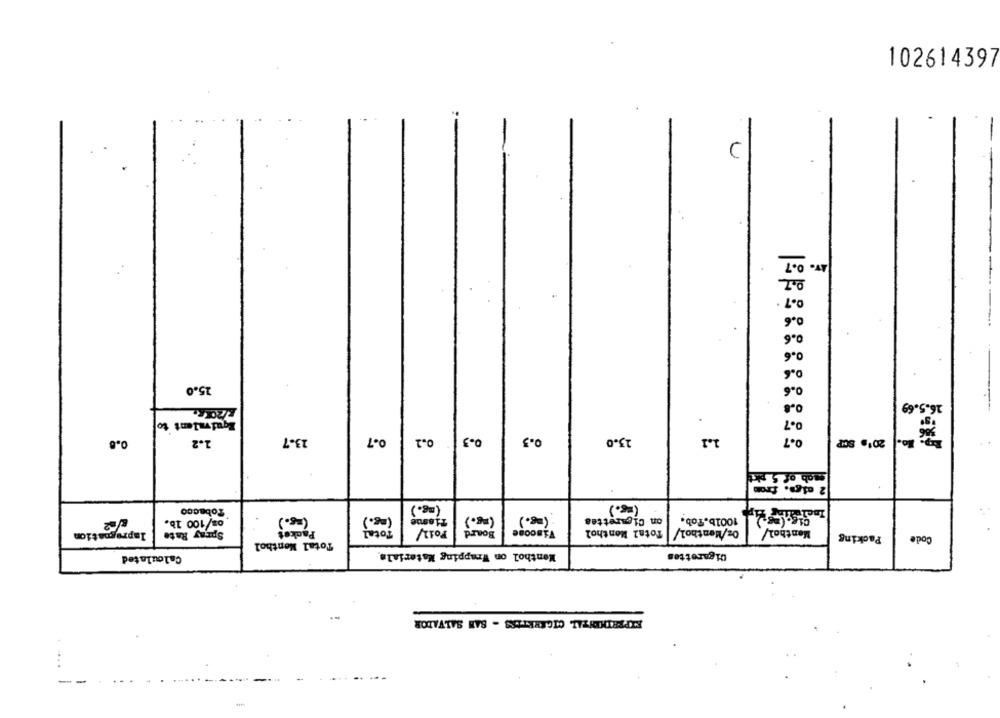
102614397
0.7
0.6
25.0
ro
0.4
16.5.69
Equivalent to
13-7
0.7
0.1
0.3
0-3
1.1
0.7
0.8
1.2
13.0
201 SCP
mob of 5 pkt
2 cigs. from
Tobacco
(mg.)
( -8.)
Tissue
(mg.)
on Cigarettes
1001b.Tob.
os/100 1b.
( 15.)
(mg.)
Impregnation
Spray Rate
Packet
Total
Foil
Board
Viscone
Total Monthol
Oz/Menthol/
Menthol/
Packing
Code
Total Menthol
Menthol on Wrapping Materials
Cigarettes
Calculated
SIPREDIDITAL CIGARETISS - SAN SALVADOR
....
--